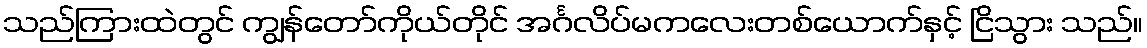
သည်ကြားထဲတွင် ကျွန်တော်ကိုယ်တိုင် အင်္ဂလိပ်မကလေးတစ်ယောက်နှင့် ငြိသွား သည်။